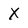
Character: X